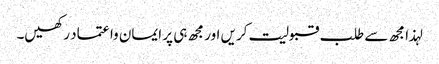
لہذا مجھ سے طلب قبولیت کریں اور مجھ ہی پر ایمان وا عتماد رکھیں۔